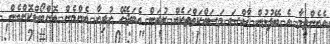
އެހެންވީމާ އެ ބޭފުޅުން ޚާއްސަ މަސައްކަތްތަކެއް ކުރަން އެބަޖެހޭ ހުރިހާ އެންމެން އޮންބޯޑްކޮށްގެން